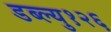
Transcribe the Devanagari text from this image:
डब्ल्यु१२६